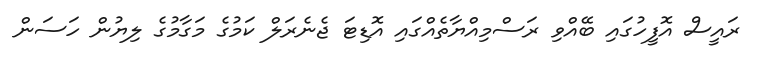
ރައީސް އޮފީހުގައި ބޭއްވި ރަސްމިއްޔާތެއްގައި އޮޑިޓަ ޖެނެރަލް ކަމުގެ މަގާމުގެ ލިޔުން ހަސަން